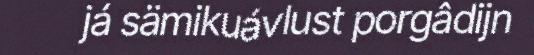
já sämikuávlust porgâdijn